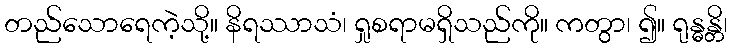
တည်သောရေကဲ့သို့။ နိရဿာသံ၊ ရှုစရာမရှိသည်ကို။ ကတွာ၊ ၍။ ရုန္ဓန္တိ၊